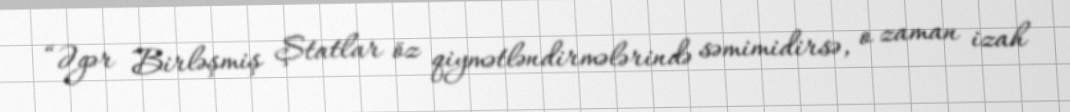
“Əgər Birləşmiş Ştatlar öz qiymətləndirmələrində səmimidirsə, o zaman izah